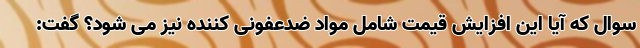
سوال که آیا این افزایش قیمت شامل مواد ضدعفونی کننده نیز می شود؟ گفت: